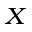
_ { X }